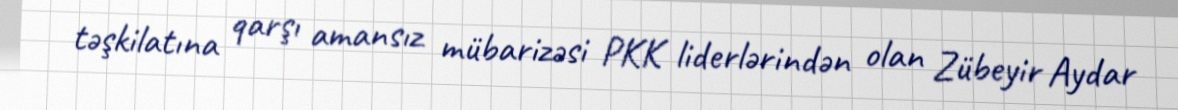
təşkilatına qarşı amansız mübarizəsi PKK liderlərindən olan Zübeyir Aydar